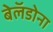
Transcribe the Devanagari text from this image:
बेलॅडोना